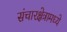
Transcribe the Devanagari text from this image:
संचारक्षेत्रामध्ये